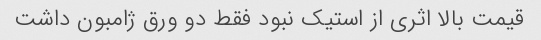
قیمت بالا اثری از استیک نبود فقط دو ورق ژامبون داشت